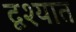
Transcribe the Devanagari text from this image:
दृश्यात